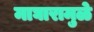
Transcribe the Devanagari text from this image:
माघारामुळे